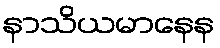
နာသိယမာနေန